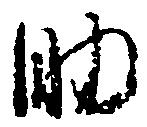
助